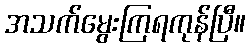
အသက်မွေးကြရကုန်ပြီ။